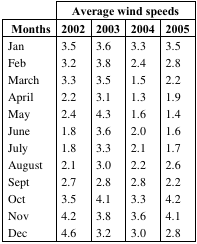
<table><thead><tr><td></td><td colspan="4"><b>Average wind speeds</b></td></tr><tr><td><b>Months</b></td><td><b>2002</b></td><td><b>2003</b></td><td><b>2004</b></td><td><b>2005</b></td></tr></thead><tbody><tr><td>Jan</td><td>3.5</td><td>3.6</td><td>3.3</td><td>3.5</td></tr><tr><td>Feb</td><td>3.2</td><td>3.8</td><td>2.4</td><td>2.8</td></tr><tr><td>March</td><td>3.3</td><td>3.5</td><td>1.5</td><td>2.2</td></tr><tr><td>April</td><td>2.2</td><td>3.1</td><td>1.3</td><td>1.9</td></tr><tr><td>May</td><td>2.4</td><td>4.3</td><td>1.6</td><td>1.4</td></tr><tr><td>June</td><td>1.8</td><td>3.6</td><td>2.0</td><td>1.6</td></tr><tr><td>July</td><td>1.8</td><td>3.3</td><td>2.1</td><td>1.7</td></tr><tr><td>August</td><td>2.1</td><td>3.0</td><td>2.2</td><td>2.6</td></tr><tr><td>Sept</td><td>2.7</td><td>2.8</td><td>2.8</td><td>2.2</td></tr><tr><td>Oct</td><td>3.5</td><td>4.1</td><td>3.3</td><td>4.2</td></tr><tr><td>Nov</td><td>4.2</td><td>3.8</td><td>3.6</td><td>4.1</td></tr><tr><td>Dec</td><td>4.6</td><td>3.2</td><td>3.0</td><td>2.8</td></tr></tbody></table>